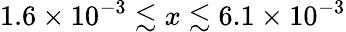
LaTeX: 1.6\times 10^{-3}\lesssim x\lesssim 6.1\times 10^{-3}